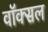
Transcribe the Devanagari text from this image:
वॉक्‍सल